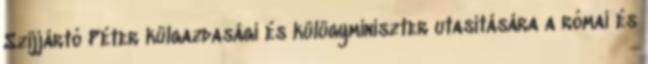
Szijjártó Péter külgazdasági és külügyminiszter utasítására a római és